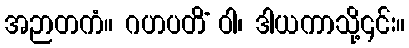
အဉာတကံ။ ဂဟပတိံ ဝါ၊ ဒါယကာသို့၎င်း။